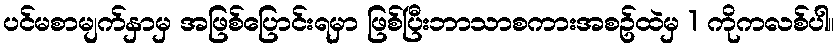
ပင်မစာမျက်နှာမှ အဖြစ်ပြောင်းရမှာ ဖြစ်ပြီးဘာသာစကားအစဥ်ထဲမှ 1 ကိုကလစ်ပါ။